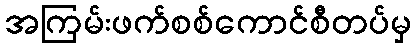
အကြမ်းဖက်စစ်ကောင်စီတပ်မှ